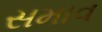
સમાવ